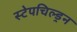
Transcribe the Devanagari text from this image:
स्टेपचिल्ड्रन